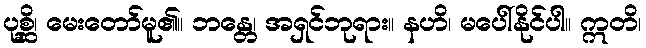
ပုစ္ဆိ၊ မေးတော်မူ၏။ ဘန္တေ၊ အရှင်ဘုရား။ နဟိ၊ မပေါ်နိုင်ပါ။ ဣတိ၊